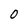
Character: 0